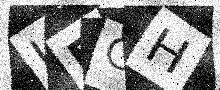
Text: JBGH